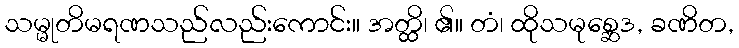
သမ္မုတိမရဏသည်လည်းကောင်း။ အတ္ထိ၊ ၏။ တံ၊ ထိုသမုစ္ဆေဒ, ခဏိတ,